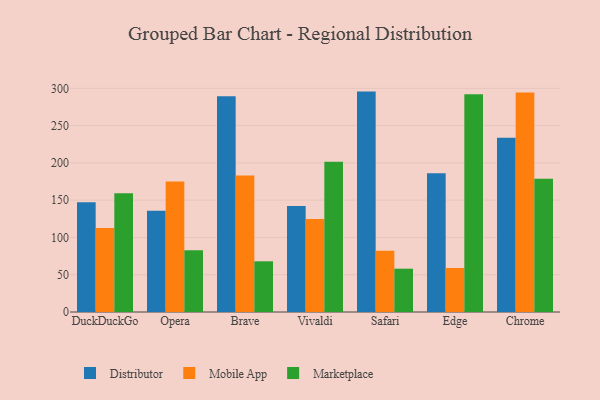
{"axis": {"x": "Browser", "y": "Gross Profit (USD K)"}, "legend": ["Distributor", "Marketplace", "Mobile App"], "data": [{"x": "DuckDuckGo", "y": 147.2, "type": "Distributor"}, {"x": "DuckDuckGo", "y": 112.7, "type": "Mobile App"}, {"x": "DuckDuckGo", "y": 159.2, "type": "Marketplace"}, {"x": "Opera", "y": 135.9, "type": "Distributor"}, {"x": "Opera", "y": 175.1, "type": "Mobile App"}, {"x": "Opera", "y": 82.8, "type": "Marketplace"}, {"x": "Brave", "y": 289.4, "type": "Distributor"}, {"x": "Brave", "y": 183.0, "type": "Mobile App"}, {"x": "Brave", "y": 68.0, "type": "Marketplace"}, {"x": "Vivaldi", "y": 142.2, "type": "Distributor"}, {"x": "Vivaldi", "y": 124.7, "type": "Mobile App"}, {"x": "Vivaldi", "y": 201.6, "type": "Marketplace"}, {"x": "Safari", "y": 295.6, "type": "Distributor"}, {"x": "Safari", "y": 82.1, "type": "Mobile App"}, {"x": "Safari", "y": 58.1, "type": "Marketplace"}, {"x": "Edge", "y": 186.0, "type": "Distributor"}, {"x": "Edge", "y": 59.0, "type": "Mobile App"}, {"x": "Edge", "y": 292.1, "type": "Marketplace"}, {"x": "Chrome", "y": 233.6, "type": "Distributor"}, {"x": "Chrome", "y": 294.4, "type": "Mobile App"}, {"x": "Chrome", "y": 178.6, "type": "Marketplace"}]}